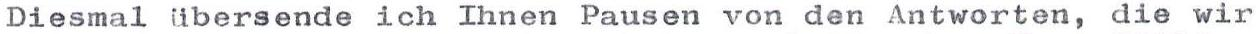
Diesmal übersende ich Ihnen Pausen von den Antworten, die wir